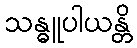
သန္ဓူပါယန္တိ